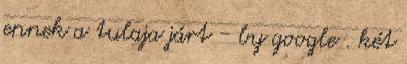
ennek a tulaja járt - by google . két